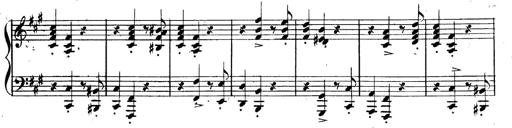
Title: 3 Caprices-Valses
Composer: Franz Liszt